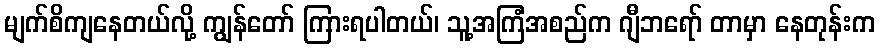
မျက်စိကျနေတယ်လို့ ကျွန်တော် ကြားရပါတယ်၊ သူ့အကြံအစည်က ဂျီဘရော် တာမှာ နေတုန်းက